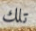
تلك